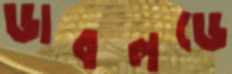
ডাবলডে